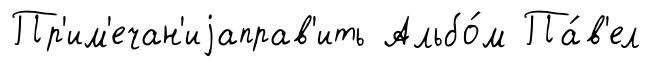
Пр'им'ечан'иjаправ'ить Альбо́м Па́в'ел